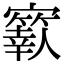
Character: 𡫬